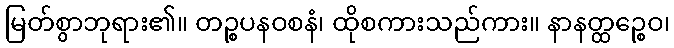
မြတ်စွာဘုရား၏။ တဉ္စပနဝစနံ၊ ထိုစကားသည်ကား။ နာနတ္ထဉ္စေဝ၊